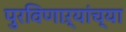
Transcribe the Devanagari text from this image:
पुरविणाऱ्यांच्या